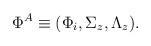
LaTeX: \begin{align*}\Phi^A \equiv (\Phi_i , \Sigma_z , \Lambda_z ) .\end{align*}